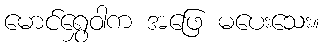
မောင်ရွှေဝါက အဖြေ မပေးသေး။